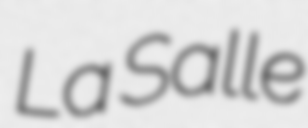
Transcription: La Salle